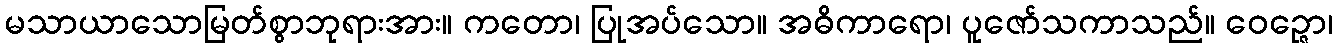
မသာယာသောမြတ်စွာဘုရားအား။ ကတော၊ ပြုအပ်သော။ အဓိကာရော၊ ပူဇော်သကာသည်။ ဝေဉ္ဇော၊